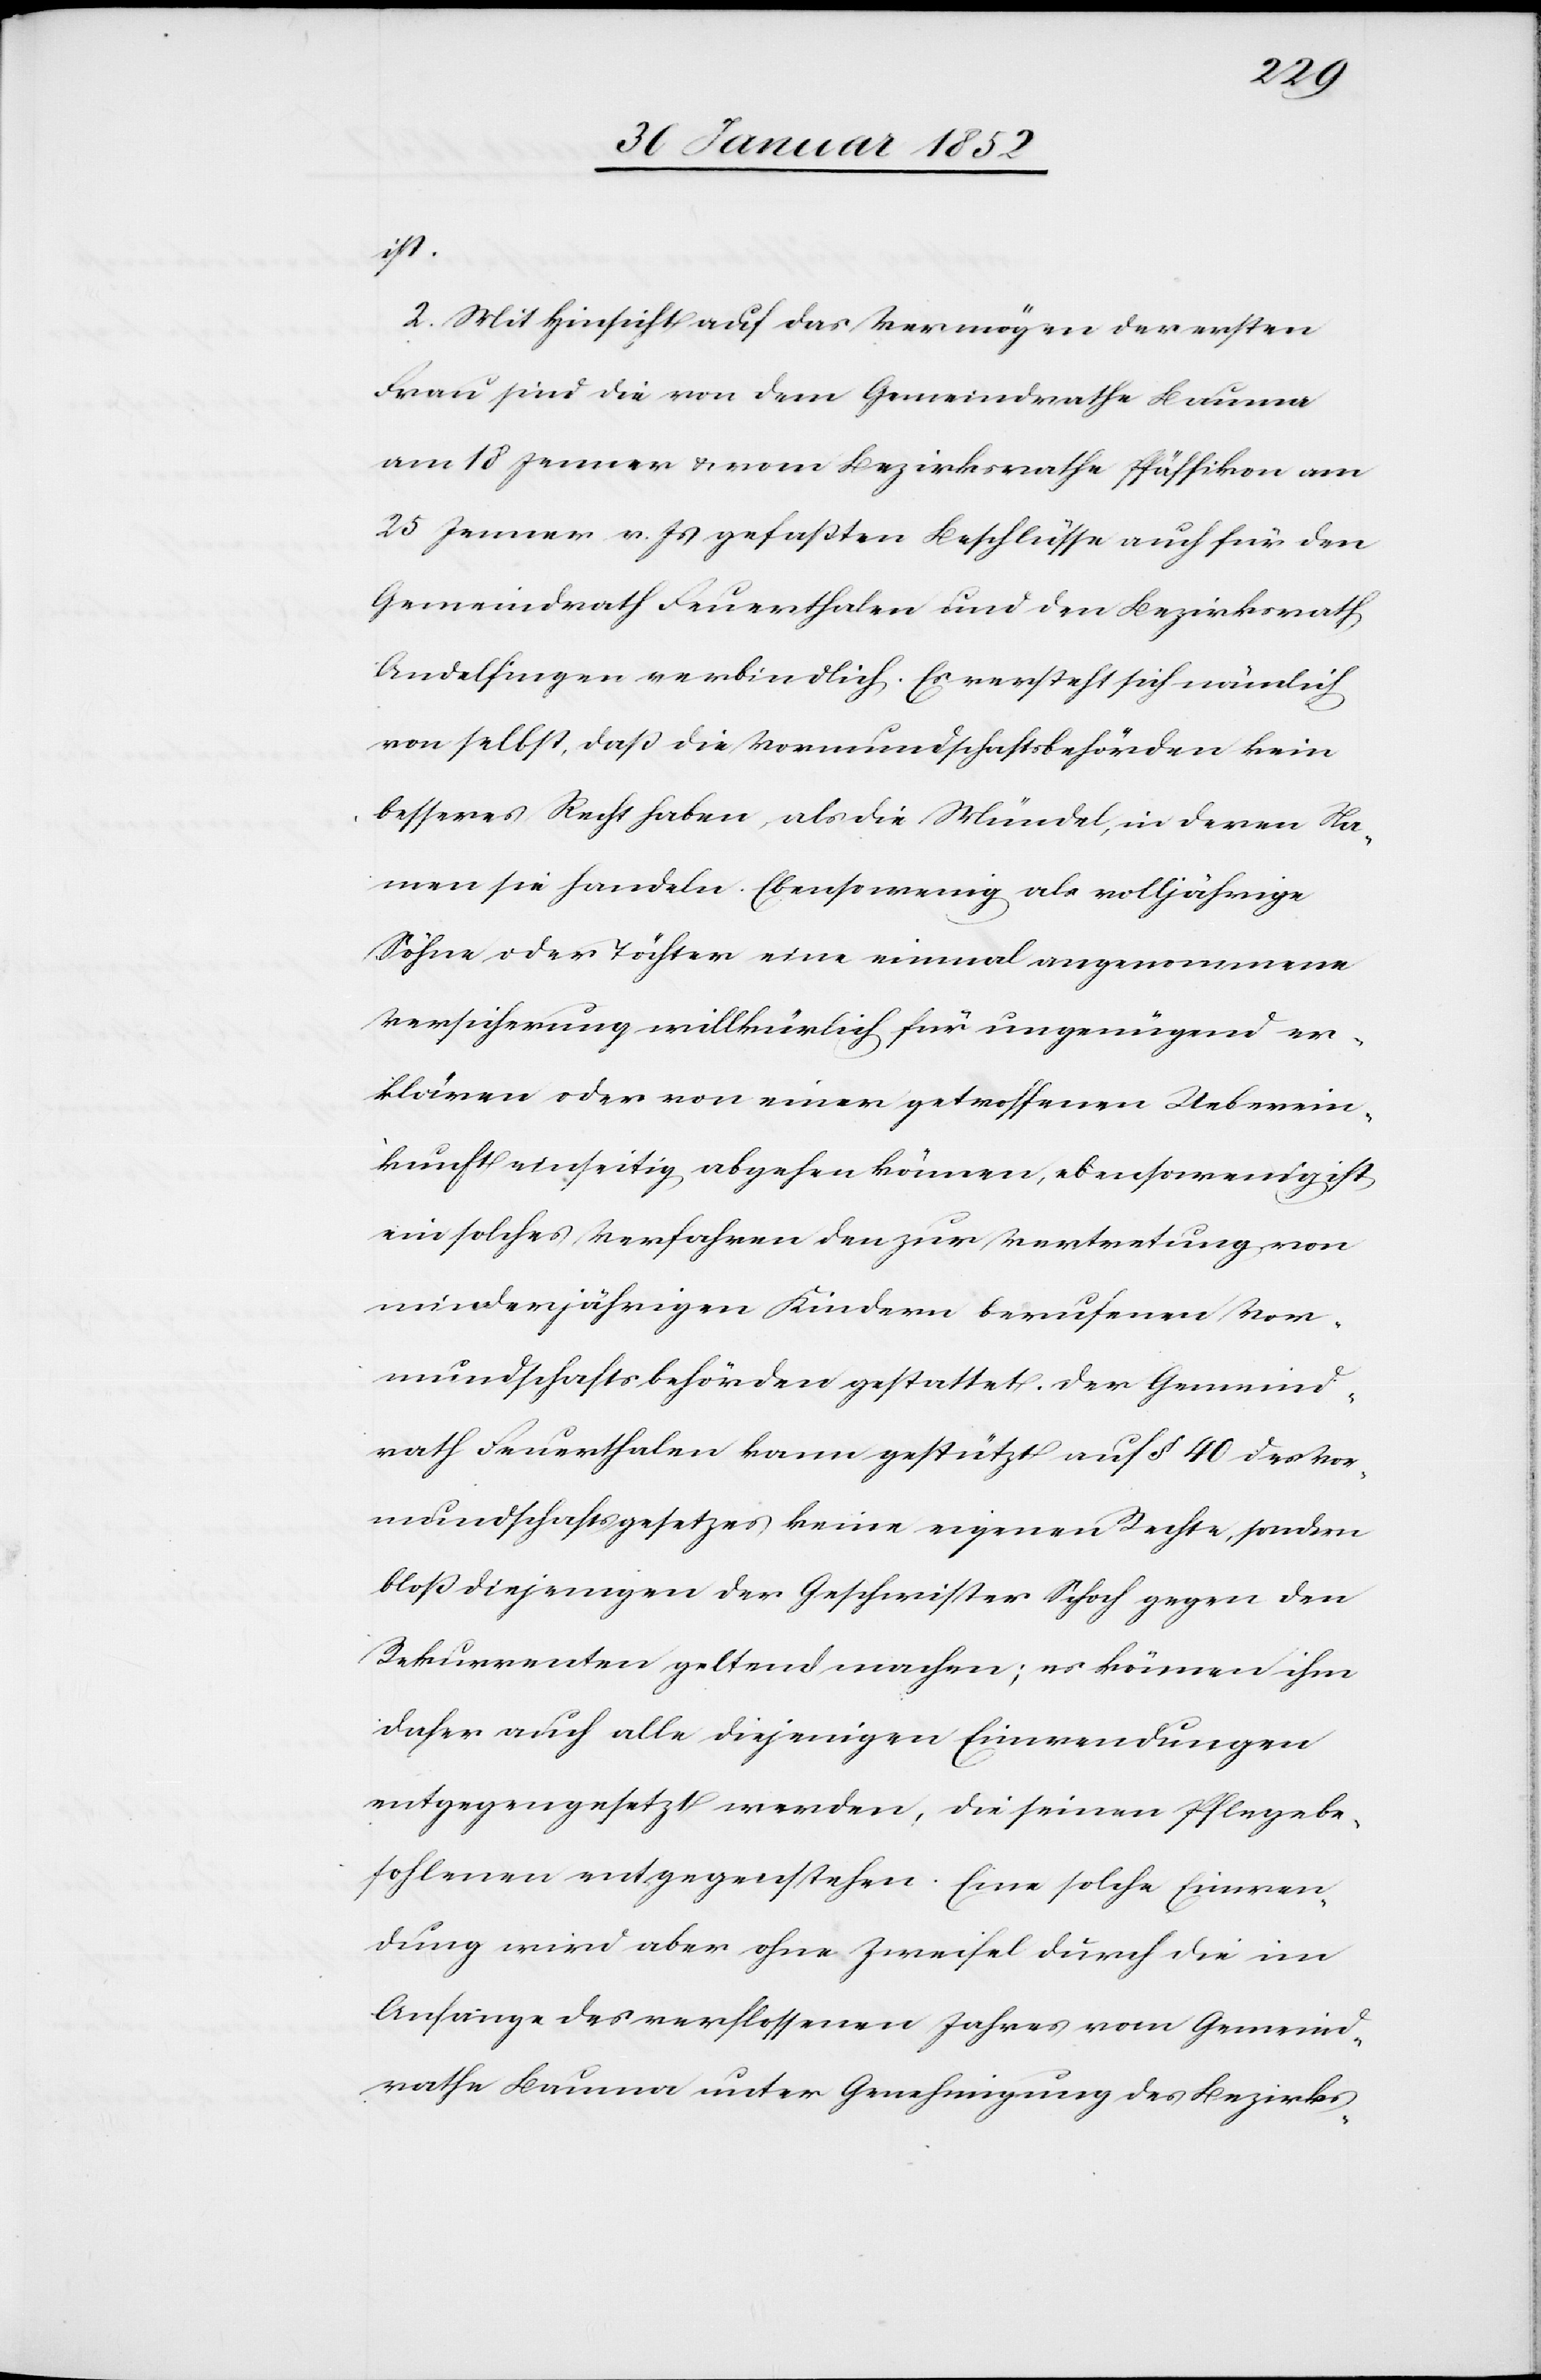
ist.
2. Mit Hinsicht auf das Vermögen der ersten
Frau sind die von dem Gemeindrathe Bauma
am 18 Jenner u. vom Bezirksrathe Pfäffikon am
25 Jenner v. Js gefaßten Beschlüsse auch für den
Gemeindrath Feuerthalen und den Bezirksrath
Andelfingen verbindlich. Es versteht sich nämlich
von selbst, daß die Vormundschaftsbehörden kein
besseres Recht haben, als die Mündel, in deren Na¬
men sie handeln. Ebensowenig als volljährige
Söhne oder Töchter eine einmal angenommene
Versicherung willkürlich für ungenügend er¬
klären oder von einer getroffenen Ueberein¬
kunft einseitig abgehen können, ebensowenig ist
ein solches Verfahren den zur Vertretung von
minderjährigen Kindern berufenen Vor¬
mundschaftsbehörden gestattet. Der Gemeind¬
rath Feuerthalen kann gestützt auf § 40 des Vor¬
mundschaftsgesetzes keine eignen Rechte, sondern
bloß diejenigen der Geschwister Schoch gegen den
Rekurrenten geltend machen; es können ihm
daher auch alle diejenigen Einwendungen
entgegengesetzt werden, die seinen Pflegebe¬
fohlenen entgegenstehen. Eine solche Einwen¬
dung wird aber ohne Zweifel durch die im
Anfange des verflossenen Jahres vom Gemeind¬
rathe Bauma unter Genehmigung des Bezirks-